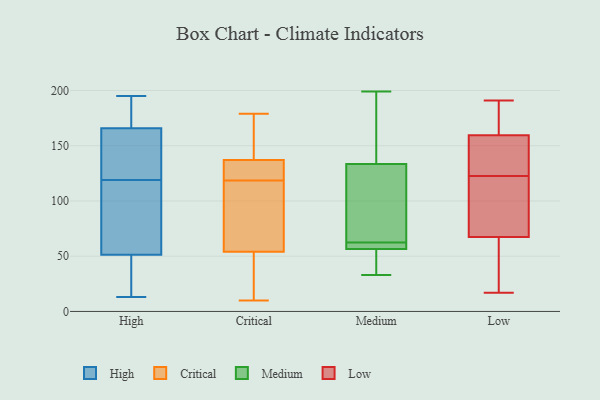
{"axis": {"x": "Net Income (USD K)", "y": "Value"}, "legend": ["Critical", "High", "Low", "Medium"], "data": [{"x": "", "y": 13, "type": "High"}, {"x": "", "y": 61, "type": "High"}, {"x": "", "y": 28, "type": "High"}, {"x": "", "y": 90, "type": "High"}, {"x": "", "y": 164, "type": "High"}, {"x": "", "y": 119, "type": "High"}, {"x": "", "y": 157, "type": "High"}, {"x": "", "y": 14, "type": "High"}, {"x": "", "y": 163, "type": "High"}, {"x": "", "y": 171, "type": "High"}, {"x": "", "y": 189, "type": "High"}, {"x": "", "y": 171, "type": "High"}, {"x": "", "y": 195, "type": "High"}, {"x": "", "y": 157, "type": "High"}, {"x": "", "y": 26, "type": "High"}, {"x": "", "y": 61, "type": "High"}, {"x": "", "y": 59, "type": "High"}, {"x": "", "y": 132, "type": "Critical"}, {"x": "", "y": 49, "type": "Critical"}, {"x": "", "y": 49, "type": "Critical"}, {"x": "", "y": 126, "type": "Critical"}, {"x": "", "y": 179, "type": "Critical"}, {"x": "", "y": 118, "type": "Critical"}, {"x": "", "y": 137, "type": "Critical"}, {"x": "", "y": 140, "type": "Critical"}, {"x": "", "y": 158, "type": "Critical"}, {"x": "", "y": 119, "type": "Critical"}, {"x": "", "y": 108, "type": "Critical"}, {"x": "", "y": 54, "type": "Critical"}, {"x": "", "y": 10, "type": "Critical"}, {"x": "", "y": 68, "type": "Critical"}, {"x": "", "y": 128, "type": "Medium"}, {"x": "", "y": 62, "type": "Medium"}, {"x": "", "y": 99, "type": "Medium"}, {"x": "", "y": 38, "type": "Medium"}, {"x": "", "y": 155, "type": "Medium"}, {"x": "", "y": 146, "type": "Medium"}, {"x": "", "y": 86, "type": "Medium"}, {"x": "", "y": 187, "type": "Medium"}, {"x": "", "y": 33, "type": "Medium"}, {"x": "", "y": 139, "type": "Medium"}, {"x": "", "y": 62, "type": "Medium"}, {"x": "", "y": 57, "type": "Medium"}, {"x": "", "y": 61, "type": "Medium"}, {"x": "", "y": 56, "type": "Medium"}, {"x": "", "y": 199, "type": "Medium"}, {"x": "", "y": 103, "type": "Medium"}, {"x": "", "y": 63, "type": "Medium"}, {"x": "", "y": 60, "type": "Medium"}, {"x": "", "y": 54, "type": "Medium"}, {"x": "", "y": 43, "type": "Medium"}, {"x": "", "y": 37, "type": "Low"}, {"x": "", "y": 17, "type": "Low"}, {"x": "", "y": 162, "type": "Low"}, {"x": "", "y": 125, "type": "Low"}, {"x": "", "y": 55, "type": "Low"}, {"x": "", "y": 138, "type": "Low"}, {"x": "", "y": 118, "type": "Low"}, {"x": "", "y": 157, "type": "Low"}, {"x": "", "y": 135, "type": "Low"}, {"x": "", "y": 191, "type": "Low"}, {"x": "", "y": 69, "type": "Low"}, {"x": "", "y": 174, "type": "Low"}, {"x": "", "y": 120, "type": "Low"}, {"x": "", "y": 57, "type": "Low"}, {"x": "", "y": 174, "type": "Low"}, {"x": "", "y": 66, "type": "Low"}, {"x": "", "y": 135, "type": "Low"}, {"x": "", "y": 74, "type": "Low"}, {"x": "", "y": 112, "type": "Low"}, {"x": "", "y": 181, "type": "Low"}]}